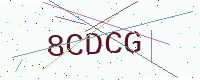
Text: 8CDCG